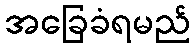
အခြေခံရမည်